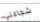
شجاعتي